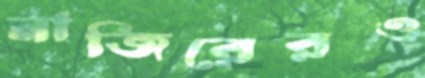
নাজিরেরও